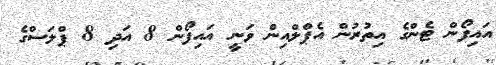
އައިފޯން ޓެންގެ އިތުރުން އެޕްލްއިން ވަނީ އައިފޯން 8 އަދި 8 ޕްލަސްގެ